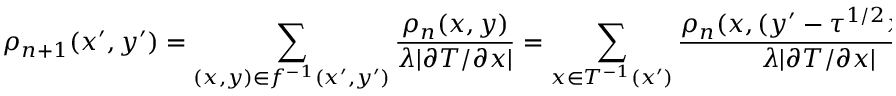
\rho _ { n + 1 } ( x ^ { \prime } , y ^ { \prime } ) = \sum _ { ( x , y ) \in f ^ { - 1 } ( x ^ { \prime } , y ^ { \prime } ) } \frac { \rho _ { n } ( x , y ) } { \lambda | \partial T / \partial x | } = \sum _ { x \in T ^ { - 1 } ( x ^ { \prime } ) } \frac { \rho _ { n } ( x , ( y ^ { \prime } - \tau ^ { 1 / 2 } x ) / \lambda ) } { \lambda | \partial T / \partial x | }